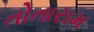
તોતારામ